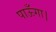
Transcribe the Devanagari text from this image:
पाऊँगा।